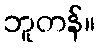
ဘူတန်။